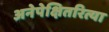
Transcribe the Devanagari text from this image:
अनेपेक्षितरित्या